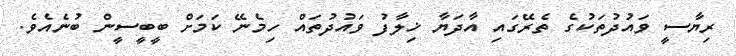
ރިޔާސީ ވައުދުތަކުގެ ތެެރޭގައި އާދަޔާ ޚިލާފު ވައުދުތައް ހިމެނޭ ކަަމަށް ބީބީސީން ބުނެއެވެ.